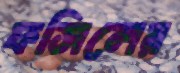
ফসিলের